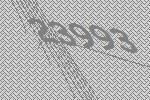
23993